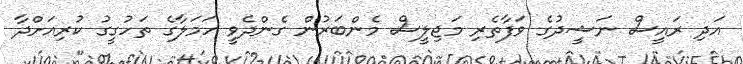
އަދި ރައީސް ނަޝީދުގެ ވަފާތެރި މަޖިލީސް މެންބަރުން ގެންދެވީ ހަމަލާގެ ތަހުގީގު ކުރިއަށްދާ